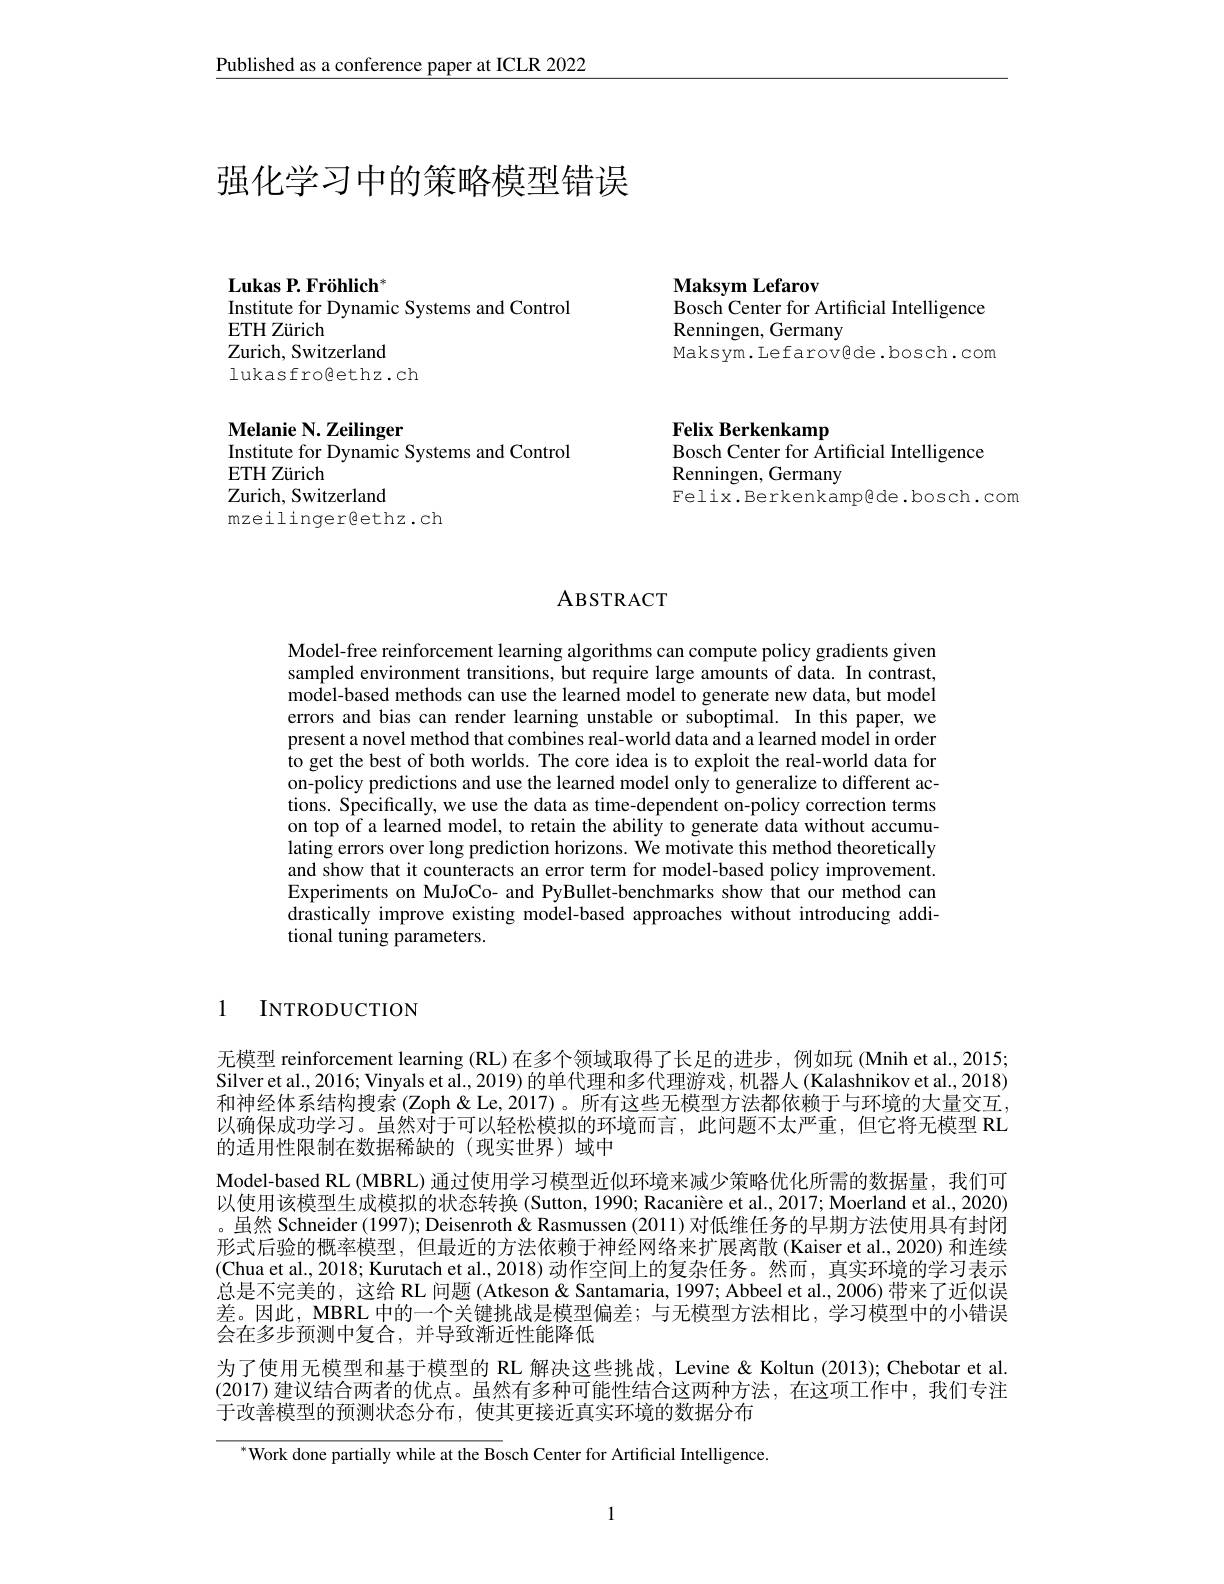
Published as a conference paper at ICLR 2022

# 强化学习中的策略模型错误

$\textbf{Maksym Lefarov}$
Bosch Center for Artificial Intelligence
Renningen, Germany
Maksym. Lefarov@de. bosch. com

Lukas P. Fröhlich$^*$
Institute for Dynamic Systems and Control
ETH Zürich
Zurich, Switzerland
lukasfrogethz.ch

Melanie N. Zeilinger
Institute for Dynamic Systems and Control
ETH Zürich

Zurich, Switzerland
mzeilinger@ethz.ch

# Felix Berkenkamp
Bosch Center for Artificial Intelligence
# Renningen, Germany

Felix.Berkenkamp@de.bosch.com

ABSTRACT

Model-free reinforcement learning algorithms can compute policy gradients given sampled environment transitions, but require large amounts of data. In contrast, model-based methods can use the learned model to generate new data, but model errors and bias can render learning unstable or suboptimal. In this paper, we present a novel method that combines real-world data and a learned model in order to get the best of both worlds. The core idea is to exploit the real-world data for on-policy predictions and use the learned model only to generalize to different actions. Specifically, we use the data as time-dependent on-policy correction terms on top of a learned model, to retain the ability to generate data without accumulating errors over long prediction horizons. We motivate this method theoretically and show that it counteracts an error term for model-based policy improvement. Experiments on MuJoCo- and PyBullet-benchmarks show that our method can drastically improve existing model-based approaches without introducing additional tuning parameters.

1 INTRODUCTION

无模型 reinforcement learning (RL)在多个领域取得了长足的进步，例如玩 (Mnih et al., 2015; Silver et al., 2016; Vinyals et al., 2019) 的单代理和多代理游戏，机器人 (Kalashnikov et al., 2018) 和神经体系结构搜索 (Zoph &Le,2017)。所有这些无模型方法都依赖于与环境的大量交互以确保成功学习。虽然对于可以轻松模拟的环境而言，此问题不太严重，但它将无模型 RL 的适用性限制在数据稀缺的(现实世界)域中
Model-based RL (MBRL) 通过使用学习模型近似环境来减少策略优化所需的数据量，我们可以使用该模型生成模拟的状态转换(Sutton, 1990; Racanière et al., 2017; Moerland et al., 2020) 。虽然 Schneider (1997); Deisenroth & Rasmussen (2011) 对低维任务的早期方法使用具有封闭形式后验的概率模型，但最近的方法依赖于神经网络来扩展离散(Kaiser et al., 2020) 和连续(Chua et al.2018; Kurutach et al., 2018) 动作空间上的复杂任务。然而，真实环境的学习表示总是不完美的，这给 RL 问题 (Atkeson & Santamaria, 1997; Abbeel et al., 2006) 带来了近似误差。因此，MBRL 中的一个关键挑战是模型偏差；与无模型方法相比，学习模型中的小错误会在多步预测中复合，并导致渐近性能降低
为了使用无模型和基于模型的 RL 解决这些挑战，Levine & Koltun (2013); Chebotar et al. (2017) 建议结合两者的优点。虽然有多种可能性结合这两种方法，在这项工作中，我们专注于改善模型的预测状态分布，使其更接近真实环境的数据分布

$^{*}$Work done partially while at the Bosch Center for Artificial Intelligence.

1